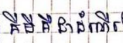
គីមីគឺជាដំណើរ